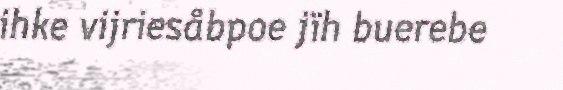
ihke vijriesåbpoe jïh buerebe